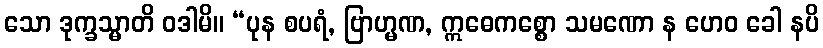
သော ဒုက္ခသ္မာတိ ဝဒါမိ။ “ပုန စပရံ, ဗြာဟ္မဏ, ဣဓေကစ္စော သမဏော န ဟေဝ ခေါ နပိ